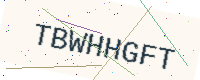
Text: TBWHHGFT